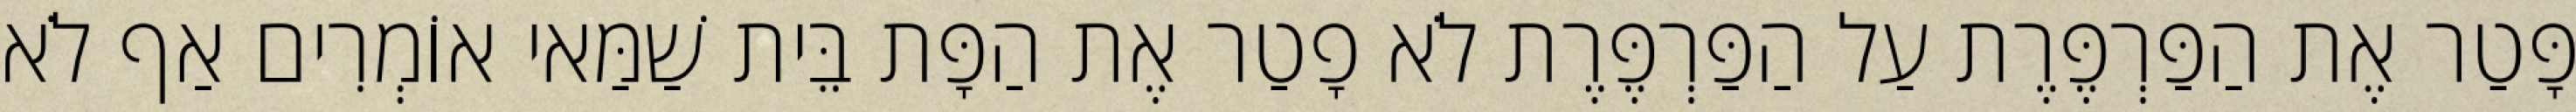
פָּטַר אֶת הַפַּרְפֶּרֶת עַל הַפַּרְפֶּרֶת לֹא פָטַר אֶת הַפָּת בֵּית שַׁמַּאי אוֹמְרִים אַף לֹא